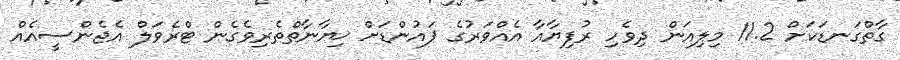
ގާތްގަނޑަކަށް 11.2 މިލިއަން ދިވެހި ރުފިޔާއާ އެއްވަރުގެ ޕައުންޑަށް ޚިޔާނާތްތެރިވެގެން ޓްރެވަލް އެޖެންސީއެއް